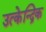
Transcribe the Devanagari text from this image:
उत्केन्द्रिक